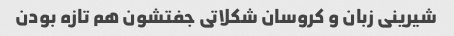
شیرینی زبان و کروسان شکلاتی جفتشون هم تازه بودن